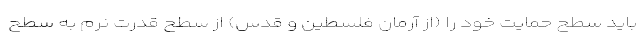
باید سطح حمایت خود را (از آرمان فلسطین و قدس) از سطح قدرت نرم به سطح